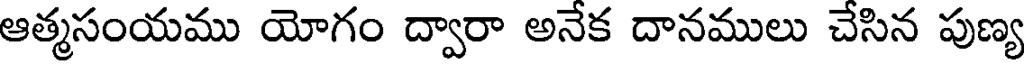
ఆత్మసంయము యోగం ద్వారా అనేక దానములు చేసిన పుణ్య